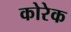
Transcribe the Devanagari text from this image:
कोरेक